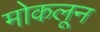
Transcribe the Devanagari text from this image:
मोकलून